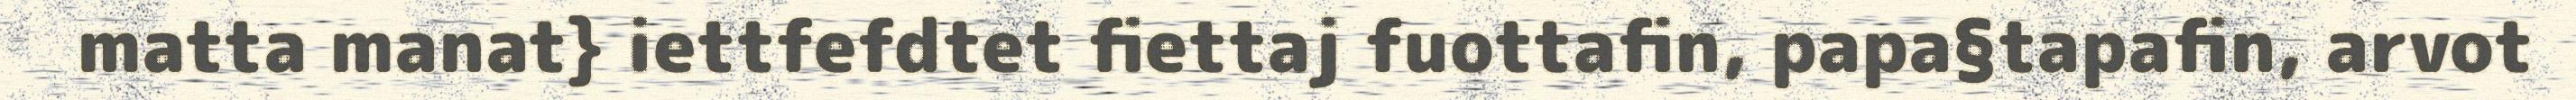
matta manat} iettfefdtet fiettaj fuottafin, papa§tapafin, arvot